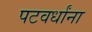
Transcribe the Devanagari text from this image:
पटवर्धांना